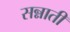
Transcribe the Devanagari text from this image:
सन्नाती